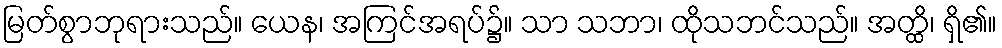
မြတ်စွာဘုရားသည်။ ယေန၊ အကြင်အရပ်၌။ သာ သဘာ၊ ထိုသဘင်သည်။ အတ္ထိ၊ ရှိ၏။